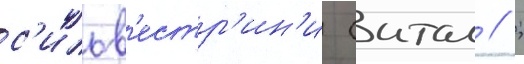
с'ильв'естр'ин'и (итал // ;